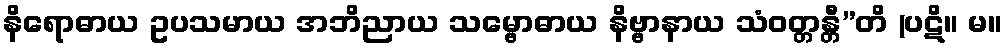
နိရောဓာယ ဥပသမာယ အဘိညာယ သမ္ဗောဓာယ နိဗ္ဗာနာယ သံဝတ္တန္တီ”တိ (ပဋိ။ မ။